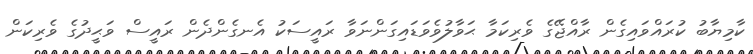
ކާމިޔާބު ކުރައްވައިގެން ރާއްޖޭގެ ވެރިކަމާ ޙަވާލުވެވަޑައިގަންނަވާ ރައީސަކު އެނގެންދެން ރައީސް ވަޙީދުގެ ވެރިކަން